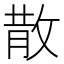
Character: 散